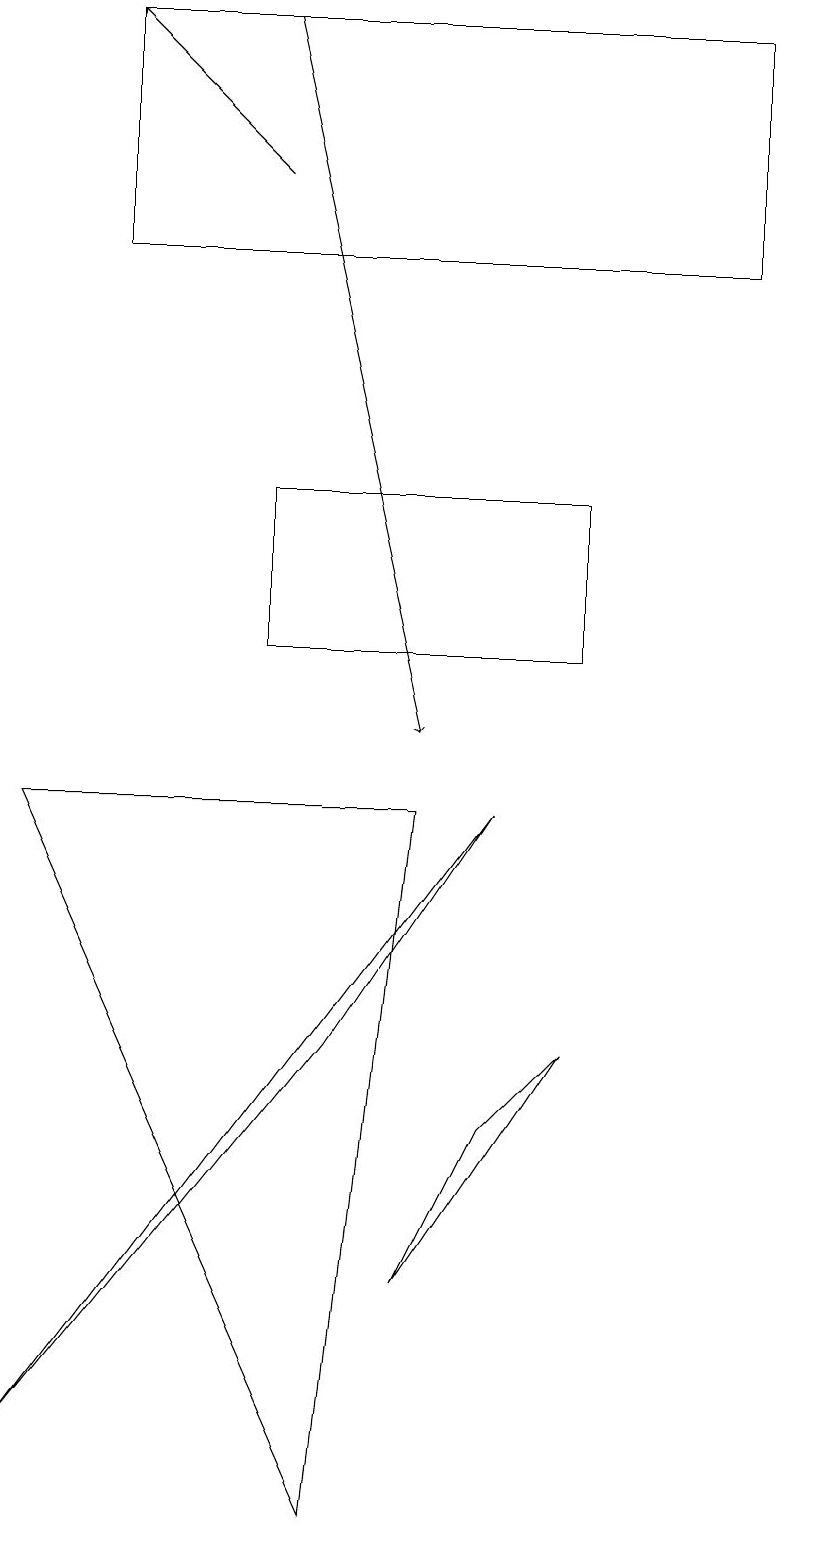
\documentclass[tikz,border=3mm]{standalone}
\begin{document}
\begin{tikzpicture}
\draw (6,5) -- (5,3) -- (7,6) -- cycle;
\draw (10,10) circle (0);
\draw[->] (3,17) -- (1,19);
\draw[->] (3,19) -- (5,10);
\draw (3,11) rectangle (7,13);
\draw (9,16) rectangle (1,19);
\draw (0,1) -- (4,6) -- (6,9) -- cycle;
\draw (5,9) -- (4,0) -- (0,9) -- cycle;
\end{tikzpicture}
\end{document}